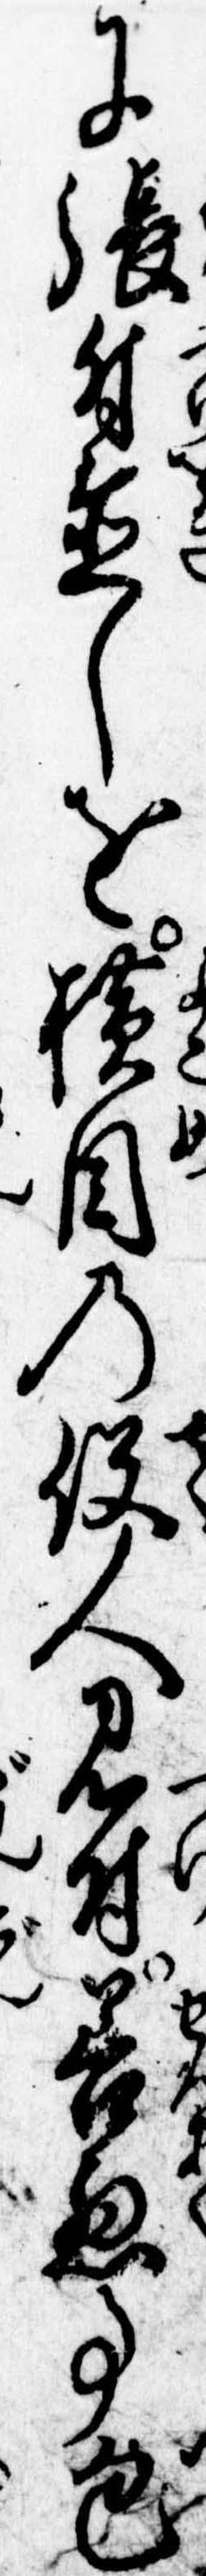
に張付置しを横目の役人見付善悪事包